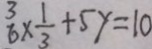
\frac { 3 } { 6 } \times \frac { 1 } { 3 } + 5 y = 1 0